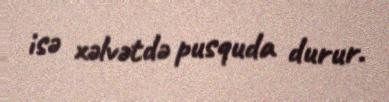
isə xəlvətdə pusquda durur.